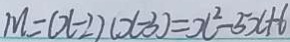
M = ( x - 2 ) ( x - 3 ) = x ^ { 2 } - 5 x + 6